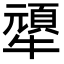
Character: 㹕